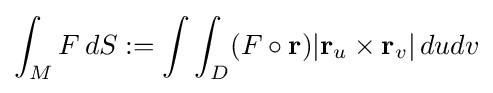
\int _{M}F\,dS:=\int \int _{D}(F\circ {\textbf {r}})|{\textbf {r}}_{u}\times {\textbf {r}}_{v}|\,dudv